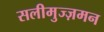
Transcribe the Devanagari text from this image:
सलीमुज्ज़मन